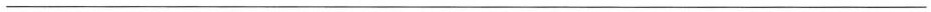
___